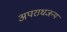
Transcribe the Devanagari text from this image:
अपराधजन्य